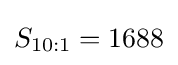
S_{10:1}=1688